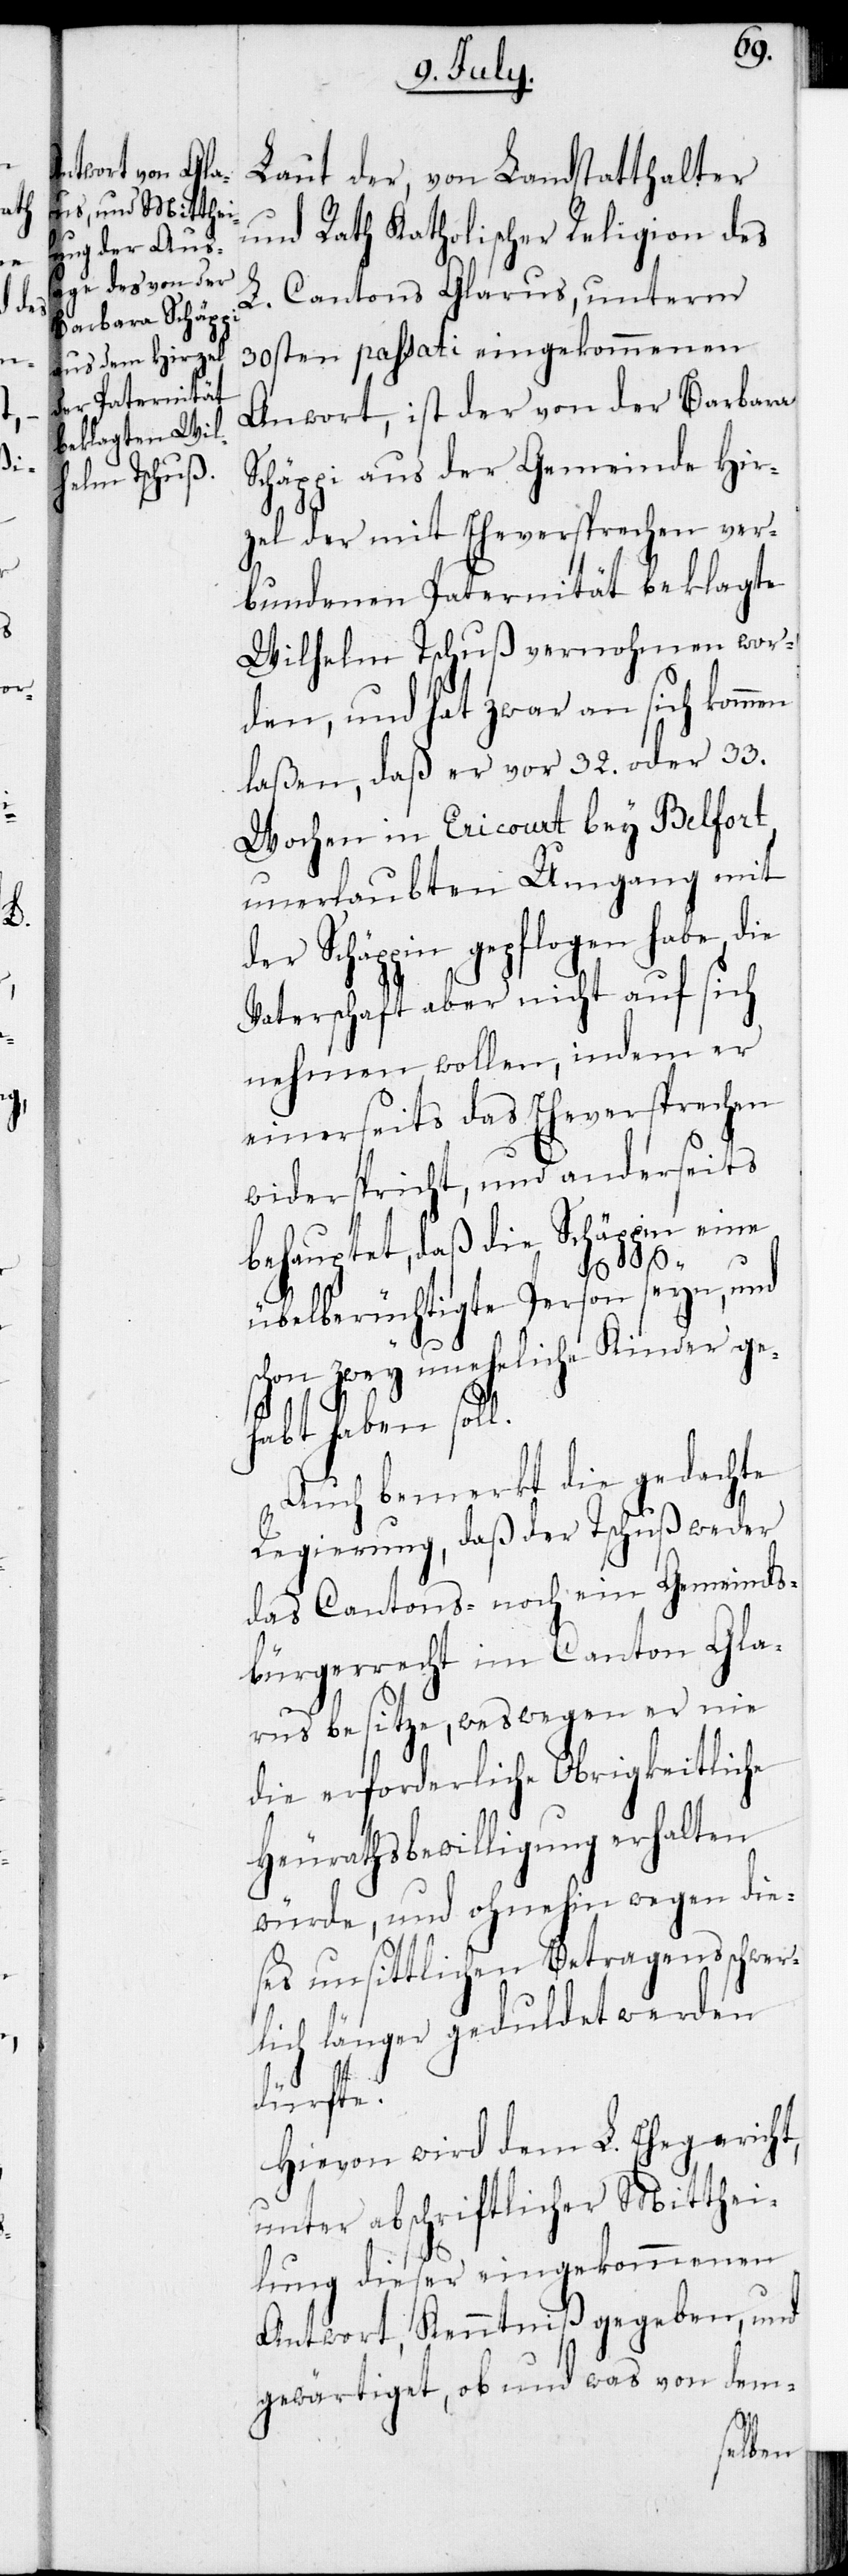
en

Laut der, von Landstatthalter
und Rath Katholischer Religion des
L. Cantons Glarus, unterm
30sten passati eingekommenen
Antwort, ist von der Barbara
Schäppi aus der Gemeinde Hir¬
zel der mit Eheversprechen ver¬
bundenen Paternität beklagte
Wilhelm Tschuß vernohmen wor¬
den, und hat zwar an sich komm¬
laßen, daß er vor 32. oder 33.
Wochen in Ericourt bey Belfort
unerlaubten Umgang mit
der Schäppin gepflogen habe, die
Vaterschaft aber nicht auf sich
nehmen wollen, indem er
einerseits das Eheversprechen
widerspricht, und anderseits
behauptet, daß die Schäppin eine
übelberüchtigte Person seyn, und
schon zwey uneheliche Kinder ge¬
habt haben soll.
Auch bemerkt die gedachte
Regierung, daß der Tschuß weder
das Cantons- noch ein Gemeinds¬
bürgerrecht im Canton Gla¬
rus besitze, weswegen er nie
die erforderliche Obrigkeitliche
Heurathsbewilligung erhalten
würde, und ohnehin wegen die¬
ses unsittlichen Betragens schwerl¬
ich länger geduldet werden
dürfte.
Hievon wird dem L. Ehegericht,
unter abschriftlicher Mitthei¬
lung dieser eingekommenen
Antwort, Kenntniß gegeben, und
gewärtiget, ob und was von dem-